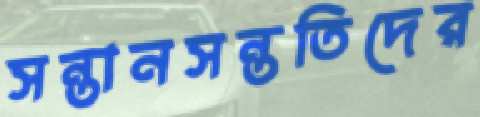
সন্তানসন্ততিদের